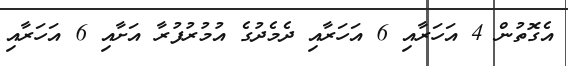
އެގޮތުން 4 އަހަރާއި 6 އަހަރާއި ދެމެދުގެ އުމުރުފުރާ އަށާއި 6 އަހަރާއި